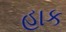
હાક